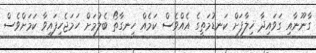
ގާނޫނާއި ގަވައިދާ ޚިލާފަށް ކަނޑުމަތީގެ އެއްވެސް ކަމެއް ހިނގާތޯ ބެލުމަށް ހަމަޖެހިފައިވާ ކަމަށްވެސް